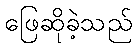
ဖြေဆိုခဲ့သည်